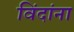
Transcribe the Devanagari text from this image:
विंदांना